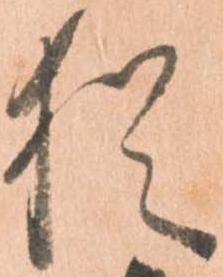
猶